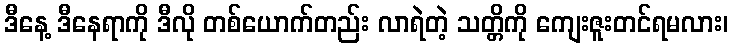
ဒီနေ့ ဒီနေရာကို ဒီလို တစ်ယောက်တည်း လာရဲတဲ့ သတ္တိကို ကျေးဇူးတင်ရမလား၊